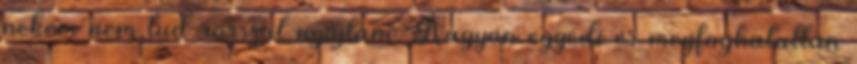
nekem nem tud rosszat nyújtani. Nagyon egyedi és megfoghatatlan